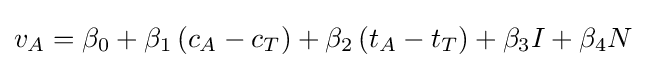
v_{A}=\beta _{0}+\beta _{1}\left(c_{A}-c_{T}\right)+\beta _{2}\left(t_{A}-t_{T}\right)+\beta _{3}I+\beta _{4}N